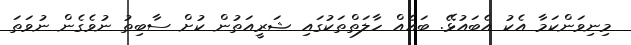
މިނިވަންކަމާ އެކު އެބައުޅޭ. ބައެއް ހާލަތްތަކުގައި ޝަރީއަތުން ކުށް ސާބިތު ނުވެގެން ނުވަތަ